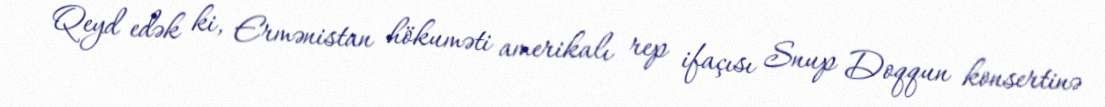
Qeyd edək ki, Ermənistan hökuməti amerikalı rep ifaçısı Snup Doqqun konsertinə